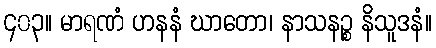
၄၀၃။ မာရဏံ ဟနနံ ဃာတော၊ နာသနဉ္စ နိသူဒနံ။